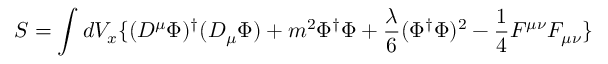
S = \int d V _ { x } \lbrace ( D ^ { \mu } \Phi ) ^ { \dagger } ( D _ { \mu } \Phi ) + m ^ { 2 } \Phi ^ { \dagger } \Phi + \frac { \lambda } { 6 } ( \Phi ^ { \dagger } \Phi ) ^ { 2 } - \frac { 1 } { 4 } F ^ { \mu \nu } F _ { \mu \nu } \rbrace